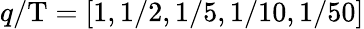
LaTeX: q/\mathrm{T}=[1,1/2,1/5,1/10,1/50]